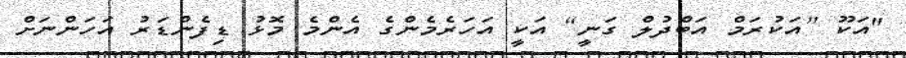
"އަކޫ [އަކުރަމް އަބްދުލް ގަނީ] އަކީ އަހަރެމެންގެ އެންމެ މޮޅު ޑިފެންޑަރު އަހަންނަށް